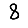
Digit: 8